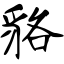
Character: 貉